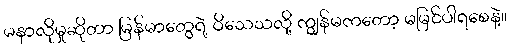
မနာလိုမှုဆိုတာ မြန်မာတွေရဲ့ ဝိသေသလို့ ကျွန်မကတော့ မမြင်ပါရစေနဲ့။